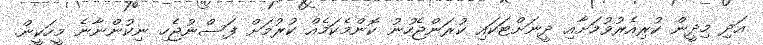
އަދި މިދީން ކުރިއެރުވުމަށާއި ދީނަށްޓަކައި ކުރަންޖެހުނު ކޮންމެކަމެއް ކުރުމަށް ފަސްނުޖެހި ނިކުންނާނެ މީހަކީން.